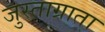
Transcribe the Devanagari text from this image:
जुस्ताग्राता